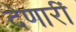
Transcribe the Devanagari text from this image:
देणारीं